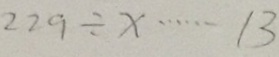
2 2 9 \div x \cdots 1 3